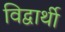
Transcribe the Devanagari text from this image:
विद्वार्थी